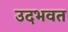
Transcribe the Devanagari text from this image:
उदभवत